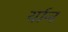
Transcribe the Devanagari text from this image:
र्यान